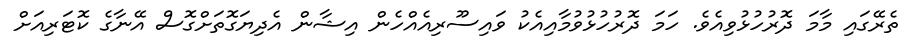
ތެރޭގައި މާމަ ދޮރުހުޅުވިއެވެ. ހަމަ ދޮރުހުޅުވުމާއިއެކު ވައިސޫރިއެއްހެން އިޝާން އެދިޔަގޮތަށްގޮސް އޭނާގެ ކޮޓަރިއަށް